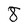
Character: 8